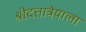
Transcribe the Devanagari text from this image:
श्रीदत्तात्रेयाला